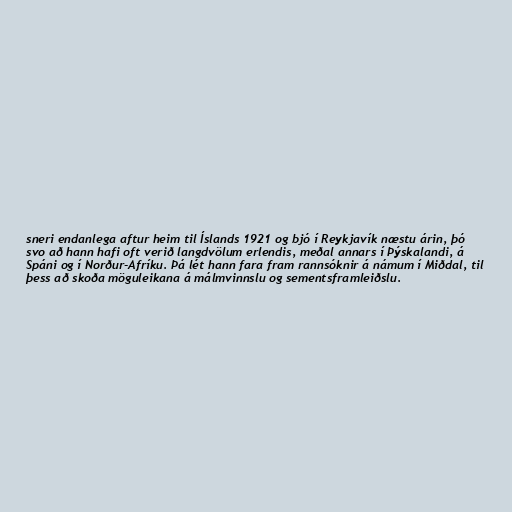
sneri endanlega aftur heim til Íslands 1921 og bjó í Reykjavík næstu árin, þó
svo að hann hafi oft verið langdvölum erlendis, meðal annars í Þýskalandi, á
Spáni og í Norður-Afríku. Þá lét hann fara fram rannsóknir á námum í Miðdal, til
þess að skoða möguleikana á málmvinnslu og sementsframleiðslu.